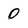
Character: 0